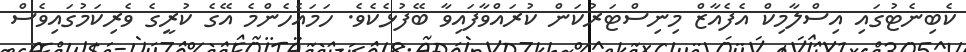
ކެބިނެޓުގައި އިސްލާމިކް އެފެއާޒް މިނިސްޓަރުކަން ކުރައްވާފައިވާ ބޭފުޅެކެވެ. ހަމައެހެންމެ އޭގެ ކުރީގެ ވެރިކަމުގައިވެސް